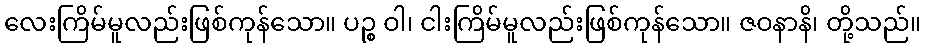
လေးကြိမ်မူလည်းဖြစ်ကုန်သော။ ပဉ္စ ဝါ၊ ငါးကြိမ်မူလည်းဖြစ်ကုန်သော။ ဇဝနာနိ၊ တို့သည်။